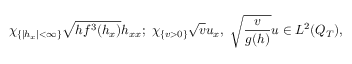
\chi _ { \{ | h _ { x } | < \infty \} } \sqrt { h f ^ { 3 } ( h _ { x } ) } h _ { x x } ; \ \chi _ { \{ v > 0 \} } \sqrt { v } u _ { x } , \ \sqrt { \frac { v } { g ( h ) } } u \in L ^ { 2 } ( Q _ { T } ) ,